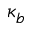
\kappa _ { b }